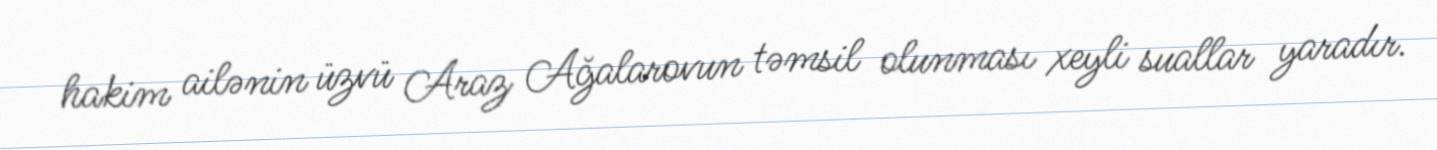
hakim ailənin üzvü Araz Ağalarovun təmsil olunması xeyli suallar yaradır.